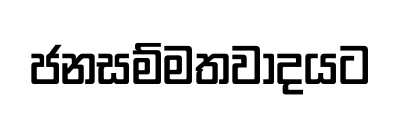
ජනසම්මතවාදයට